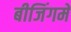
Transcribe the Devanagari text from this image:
बीजिंगमें